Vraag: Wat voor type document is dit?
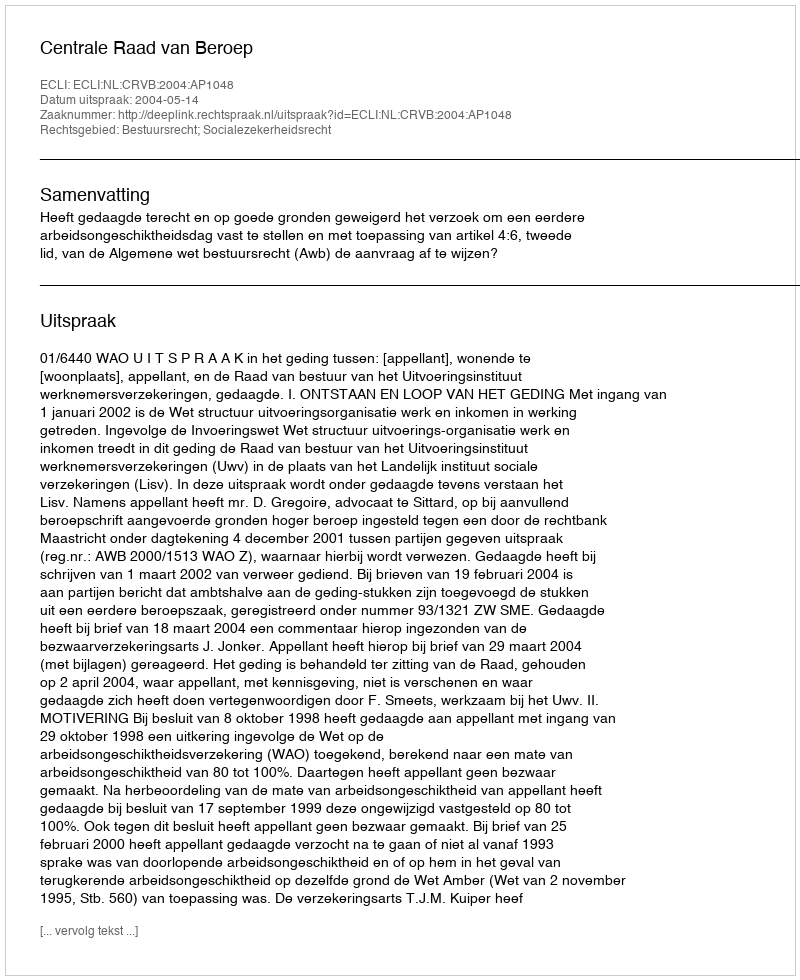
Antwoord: Uitspraak